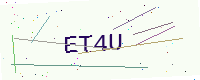
Text: ET4U